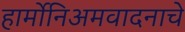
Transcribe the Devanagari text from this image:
हार्मोनिअमवादनाचे